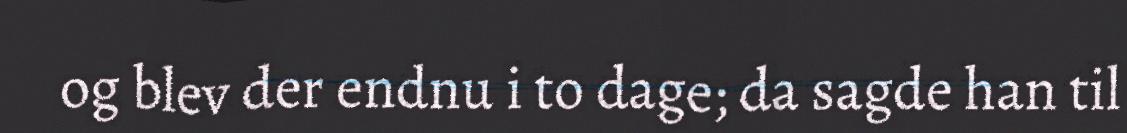
og blev der endnu i to dage; da sagde han til